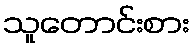
သူတောင်းစား